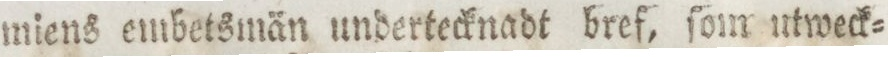
miens embetsmän undertecknadt bref, ſom utweck=